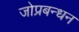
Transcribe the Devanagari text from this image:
जोप्रबन्धन